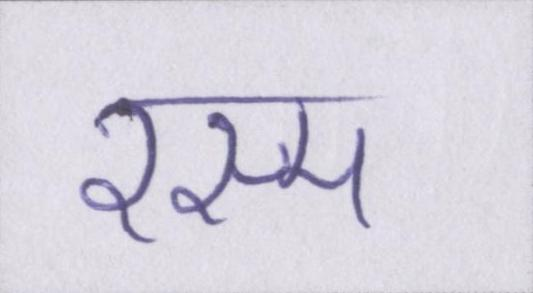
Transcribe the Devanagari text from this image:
रस्म